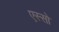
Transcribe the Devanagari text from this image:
एस्सो